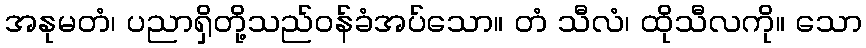
အနုမတံ၊ ပညာရှိတို့သည်ဝန်ခံအပ်သော။ တံ သီလံ၊ ထိုသီလကို။ သော